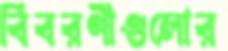
বিবরণীগুলোর